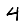
Digit: 4